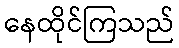
နေထိုင်ကြသည်